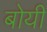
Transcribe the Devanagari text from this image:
बोयी